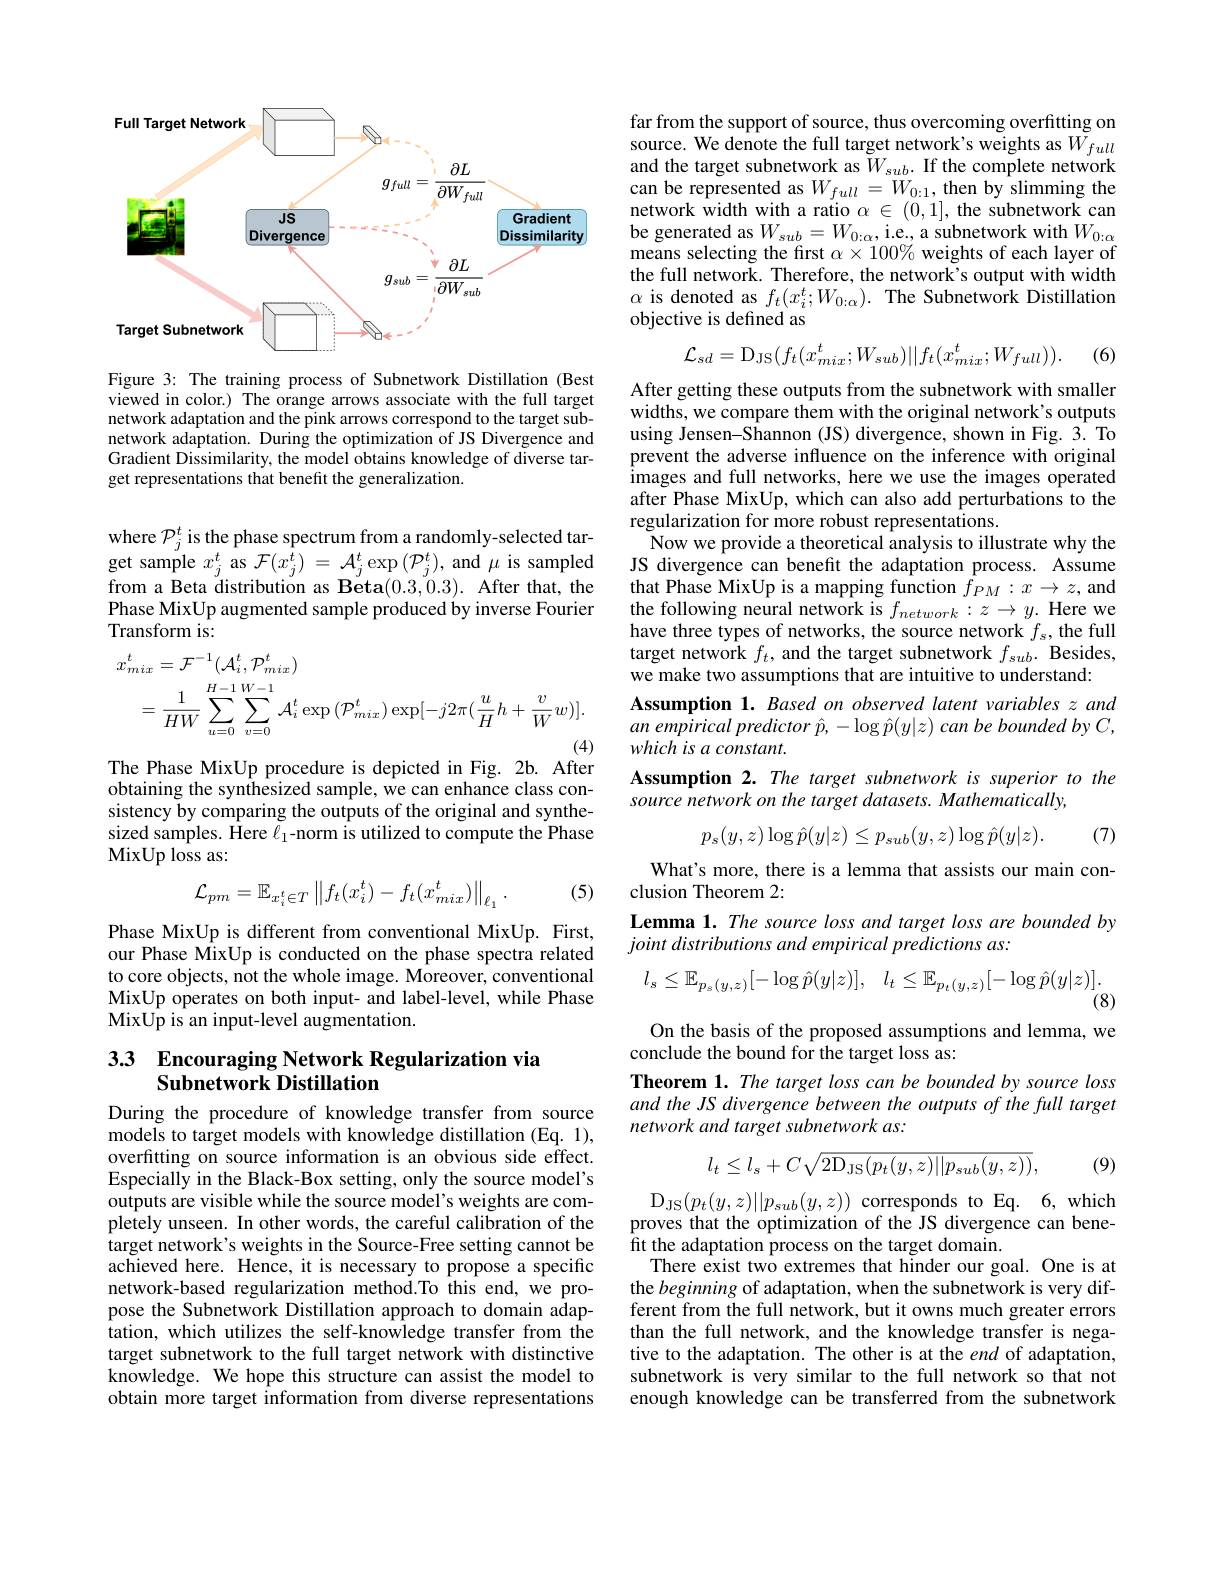
<FigureHere>

Figure 3: The training process of Subnetwork Distillation (Best viewed in color.) The orange arrows associate with the full target network adaptation and the pink arrows correspond to the target subnetwork adaptation. During the optimization of JS Divergence and Gradient Dissimilarity, the model obtains knowledge of diverse target representations that benefit the generalization.

where $\mathcal{P}_j^t$ is the phase spectrum from a randomly-selected target sample $x_j^t$ as $\mathcal{F}(x_j^t)=\mathcal{A}_j^t\exp\left(\mathcal{P}_j^t\right)$, and $\mu$ is sampled from a Beta distribution as Beta(0.3,0.3). After that, the Phase MixUp augmented sample produced by inverse Fourier Transform is:
$$\begin{aligned}x_{mix}^{t}&=\mathcal{F}^{-1}(\mathcal{A}_{i}^{t},\mathcal{P}_{mix}^{t})\\&=\frac{1}{HW}\sum_{u=0}^{H-1}\sum_{v=0}^{W-1}\mathcal{A}_{i}^{t}\exp{(\mathcal{P}_{mix}^{t})}\exp[-j2\pi(\frac{u}{H}h+\frac{v}{W}w)].\end{aligned}$$
The Phase MixUp procedure is depicted in Fig. 2b. After

obtaining the synthesized sample, we can enhance class consistency by comparing the outputs of the original and synthesized samples. Here $\ell_1$-norm is utilized to compute the Phase MixUp loss as:

(5)
$$\mathcal{L}_{pm}=\mathbb{E}_{x_{i}^{t}\in T}\left\|f_{t}(x_{i}^{t})-f_{t}(x_{mix}^{t})\right\|_{\ell_{1}}.$$
Phase MixUp is different from conventional MixUp. First, our Phase MixUp is conducted on the phase spectra related to core objects, not the whole image. Moreover, conventional MixUp operates on both input- and label-level, while Phase $\tilde{\mathrm{MixUp~is~an~input-level~augmentation.}}$

## 33 Encouraging Network Regularization via Subnetwork Distillation

During the procedure of knowledge transfer from source models to target models with knowledge distillation (Eq. 1), overfitting on source information is an obvious side effect. Especially in the Black-Box setting, only the source model's outputs are visible while the source model's weights are completely unseen. In other words, the careful calibration of the target network's weights in the Source-Free setting cannot be achieved here. Hence, it is necessary to propose a specific network-based regularization method.To this end, we propose the Subnetwork Distillation approach to domain adaptation, which utilizes the self-knowledge transfer from the target subnetwork to the full target network with distinctive knowledge. We hope this structure can assist the model to obtain more target information from diverse representations

far from the support of source, thus overcoming overfitting on source. We denote the full target network's weights as $\tilde{W}_{full}$ and the target subnetwork as $\tilde{W}_{sub}.$ If the complete network can be represented as $W_{full}=W_{0:1}$, then by slimming the network width with a ratio $\alpha\in(0,1]$, the subnetwork can be generated as $W_{sub}=W_{0:\alpha,\text{i.e., a subnetwork with}}W_{0:\alpha}$ means selecting the first $\alpha\times100\%$ weights of each layer of the full network. Therefore, the network's output with width $\alpha$ is denoted as $f_t(x_i^t;W_{0:\alpha}).$ The Subnetwork Distillation objective is defined as
$$\mathcal{L}_{sd}=\mathrm{D}_{\mathrm{JS}}(f_{t}(x_{mix}^{t};W_{sub})||f_{t}(x_{mix}^{t};W_{full})).$$
(6)

After getting these outputs from the subnetwork with smaller widths, we compare them with the original network's outputs using Jensen-Shannon (JS) divergence, shown in Fig. 3. To prevent the adverse influence on the inference with original images and full networks, here we use the images operated after Phase MixUp, which can also add perturbations to the regularization for more robust representations.
Now we provide a theoretical analysis to illustrate why the JS divergence can benefit the adaptation process. Assume that Phase MixUp is a mapping function $f_{PM}:x\to z$, and the following neural network is $f_{network}:z\to y.$ Here we have three types of networks, the source network $f_s$,the full target network $f_t$, and the target subnetwork $f_sub.$ Besides, we make two assumptions that are intuitive to understand:
Assumption 1. Based on observed latent variables z and an empirical predictor $\hat{p},-\log\hat{p}(y|z)$ can be bounded by C, which is a constant.
Assumption 2. The target subnetwork is superior to the
source network on the target datasets. Mathematically,
$$p_{s}(y,z)\log\hat{p}(y|z)\leq p_{sub}(y,z)\log\hat{p}(y|z).$$
(7)

What's more, there is a lemma that assists our main con-
clusion Theorem 2:
Lemma 1. The source loss and target loss are bounded by
joint distributions and empirical predictions as:
$$l_{s}\leq\mathbb{E}_{p_{s}(y,z)}[-\log\hat{p}(y|z)],\quad l_{t}\leq\mathbb{E}_{p_{t}(y,z)}[-\log\hat{p}(y|z)].$$
(8)
On the basis of the proposed assumptions and lemma, we
conclude the bound for the target loss as:
Theorem 1. The target loss can be bounded by source loss and the JS divergence between the outputs of the full target network and target subnetwork as:
$$l_{t}\leq l_{s}+C\sqrt{2\mathrm{D_{JS}}(p_{t}(y,z)||p_{sub}(y,z))},$$
(9)

$D_{JS}$( $p_t$( y, z) | | $p_{sub}$( y, z) ) corresponds to Eq. 6, which proves that the optimization of the JS divergence can benefit the adaptation process on the target domain.
There exist two extremes that hinder our goal. One is at the beginning of adaptation, when the subnetwork is very different from the full network, but it owns much greater errors than the full network, and the knowledge transfer is negative to the adaptation. The other is at the end of adaptation, subnetwork is very similar to the full network so that not enough knowledge can be transferred from the subnetwork